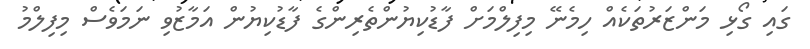
ގައި ގޯޅި މަންޒަރުތަކެއް ހިމެނޭ މިފިލްމަށް ފާޑުކިޔުންތެރިންގެ ފާޑުކިޔުން އަމާޒުވި ނަމަވެސް މިފިލްމު